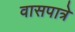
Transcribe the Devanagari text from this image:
वासपात्रे